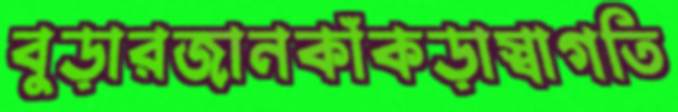
বুড়ারজানকাঁকড়াস্বাগতি